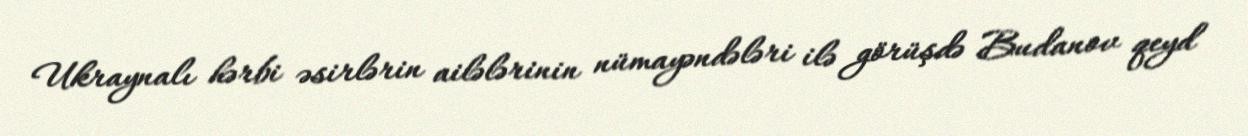
Ukraynalı hərbi əsirlərin ailələrinin nümayəndələri ilə görüşdə Budanov qeyd